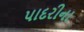
પાદરીના